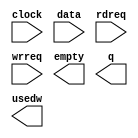
// megafunction wizard: %FIFO%VBB%
// GENERATION: STANDARD
// VERSION: WM1.0
// MODULE: scfifo 

// ============================================================
// Megafunction Name(s):
// 			scfifo
//
// Simulation Library Files(s):
// 			altera_mf
// ============================================================
// ************************************************************
// THIS IS A WIZARD-GENERATED FILE. DO NOT EDIT THIS FILE!
//
// 13.0.1 Build 232 06/12/2013 SP 1 SJ Web Edition
// ************************************************************

//Copyright (C) 1991-2013 Altera Corporation
//Your use of Altera Corporation's design tools, logic functions 
//and other software and tools, and its AMPP partner logic 
//functions, and any output files from any of the foregoing 
//(including device programming or simulation files), and any 
//associated documentation or information are expressly subject 
//to the terms and conditions of the Altera Program License 
//Subscription Agreement, Altera MegaCore Function License 
//Agreement, or other applicable license agreement, including, 
//without limitation, that your use is for the sole purpose of 
//programming logic devices manufactured by Altera and sold by 
//Altera or its authorized distributors.  Please refer to the 
//applicable agreement for further details.

module fifo (
	clock,
	data,
	rdreq,
	wrreq,
	empty,
	q,
	usedw);

	input	  clock;
	input	[7:0]  data;
	input	  rdreq;
	input	  wrreq;
	output	  empty;
	output	[7:0]  q;
	output	[10:0]  usedw;

endmodule

// ============================================================
// CNX file retrieval info
// ============================================================
// Retrieval info: PRIVATE: AlmostEmpty NUMERIC "0"
// Retrieval info: PRIVATE: AlmostEmptyThr NUMERIC "-1"
// Retrieval info: PRIVATE: AlmostFull NUMERIC "0"
// Retrieval info: PRIVATE: AlmostFullThr NUMERIC "-1"
// Retrieval info: PRIVATE: CLOCKS_ARE_SYNCHRONIZED NUMERIC "0"
// Retrieval info: PRIVATE: Clock NUMERIC "0"
// Retrieval info: PRIVATE: Depth NUMERIC "2048"
// Retrieval info: PRIVATE: Empty NUMERIC "1"
// Retrieval info: PRIVATE: Full NUMERIC "0"
// Retrieval info: PRIVATE: INTENDED_DEVICE_FAMILY STRING "Cyclone IV E"
// Retrieval info: PRIVATE: LE_BasedFIFO NUMERIC "0"
// Retrieval info: PRIVATE: LegacyRREQ NUMERIC "1"
// Retrieval info: PRIVATE: MAX_DEPTH_BY_9 NUMERIC "0"
// Retrieval info: PRIVATE: OVERFLOW_CHECKING NUMERIC "0"
// Retrieval info: PRIVATE: Optimize NUMERIC "2"
// Retrieval info: PRIVATE: RAM_BLOCK_TYPE NUMERIC "0"
// Retrieval info: PRIVATE: SYNTH_WRAPPER_GEN_POSTFIX STRING "0"
// Retrieval info: PRIVATE: UNDERFLOW_CHECKING NUMERIC "0"
// Retrieval info: PRIVATE: UsedW NUMERIC "1"
// Retrieval info: PRIVATE: Width NUMERIC "8"
// Retrieval info: PRIVATE: dc_aclr NUMERIC "0"
// Retrieval info: PRIVATE: diff_widths NUMERIC "0"
// Retrieval info: PRIVATE: msb_usedw NUMERIC "0"
// Retrieval info: PRIVATE: output_width NUMERIC "8"
// Retrieval info: PRIVATE: rsEmpty NUMERIC "1"
// Retrieval info: PRIVATE: rsFull NUMERIC "0"
// Retrieval info: PRIVATE: rsUsedW NUMERIC "0"
// Retrieval info: PRIVATE: sc_aclr NUMERIC "0"
// Retrieval info: PRIVATE: sc_sclr NUMERIC "0"
// Retrieval info: PRIVATE: wsEmpty NUMERIC "1"
// Retrieval info: PRIVATE: wsFull NUMERIC "0"
// Retrieval info: PRIVATE: wsUsedW NUMERIC "0"
// Retrieval info: LIBRARY: altera_mf altera_mf.altera_mf_components.all
// Retrieval info: CONSTANT: ADD_RAM_OUTPUT_REGISTER STRING "OFF"
// Retrieval info: CONSTANT: INTENDED_DEVICE_FAMILY STRING "Cyclone IV E"
// Retrieval info: CONSTANT: LPM_NUMWORDS NUMERIC "2048"
// Retrieval info: CONSTANT: LPM_SHOWAHEAD STRING "OFF"
// Retrieval info: CONSTANT: LPM_TYPE STRING "scfifo"
// Retrieval info: CONSTANT: LPM_WIDTH NUMERIC "8"
// Retrieval info: CONSTANT: LPM_WIDTHU NUMERIC "11"
// Retrieval info: CONSTANT: OVERFLOW_CHECKING STRING "ON"
// Retrieval info: CONSTANT: UNDERFLOW_CHECKING STRING "ON"
// Retrieval info: CONSTANT: USE_EAB STRING "ON"
// Retrieval info: USED_PORT: clock 0 0 0 0 INPUT NODEFVAL "clock"
// Retrieval info: USED_PORT: data 0 0 8 0 INPUT NODEFVAL "data[7..0]"
// Retrieval info: USED_PORT: empty 0 0 0 0 OUTPUT NODEFVAL "empty"
// Retrieval info: USED_PORT: q 0 0 8 0 OUTPUT NODEFVAL "q[7..0]"
// Retrieval info: USED_PORT: rdreq 0 0 0 0 INPUT NODEFVAL "rdreq"
// Retrieval info: USED_PORT: usedw 0 0 11 0 OUTPUT NODEFVAL "usedw[10..0]"
// Retrieval info: USED_PORT: wrreq 0 0 0 0 INPUT NODEFVAL "wrreq"
// Retrieval info: CONNECT: @clock 0 0 0 0 clock 0 0 0 0
// Retrieval info: CONNECT: @data 0 0 8 0 data 0 0 8 0
// Retrieval info: CONNECT: @rdreq 0 0 0 0 rdreq 0 0 0 0
// Retrieval info: CONNECT: @wrreq 0 0 0 0 wrreq 0 0 0 0
// Retrieval info: CONNECT: empty 0 0 0 0 @empty 0 0 0 0
// Retrieval info: CONNECT: q 0 0 8 0 @q 0 0 8 0
// Retrieval info: CONNECT: usedw 0 0 11 0 @usedw 0 0 11 0
// Retrieval info: GEN_FILE: TYPE_NORMAL fifo.v TRUE
// Retrieval info: GEN_FILE: TYPE_NORMAL fifo.inc FALSE
// Retrieval info: GEN_FILE: TYPE_NORMAL fifo.cmp FALSE
// Retrieval info: GEN_FILE: TYPE_NORMAL fifo.bsf FALSE
// Retrieval info: GEN_FILE: TYPE_NORMAL fifo_inst.v TRUE
// Retrieval info: GEN_FILE: TYPE_NORMAL fifo_bb.v TRUE
// Retrieval info: LIB_FILE: altera_mf